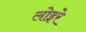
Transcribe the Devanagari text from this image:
लोइरे